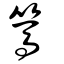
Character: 篤